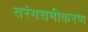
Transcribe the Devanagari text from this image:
तरंगसमीकरण